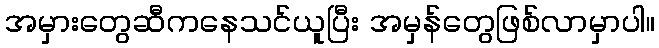
အမှားတွေဆီကနေသင်ယူပြီး အမှန်တွေဖြစ်လာမှာပါ။